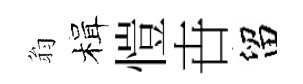
翁楫愷卋留